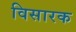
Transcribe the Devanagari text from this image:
विसारक